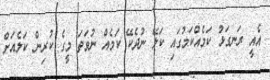
އެއީ ރަނގަޅު ކަމެއްކަމުގައި ކަލޭ ނުދެކޭ ކަމެއް ނުވަތަ މީގެ ކުރިން ކަލެއަށް